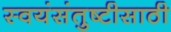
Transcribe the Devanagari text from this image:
स्वयंसंतुष्टीसाठी